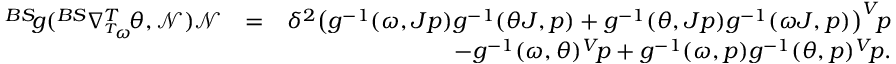
\begin{array} { r l r } { ^ { B S } \! g ( ^ { B S } \nabla _ { ^ { T } \! \omega } ^ { T } \! \theta , \mathcal { N } ) \mathcal { N } } & { = } & { \delta ^ { 2 } \big ( g ^ { - 1 } ( \omega , J p ) g ^ { - 1 } ( \theta J , p ) + g ^ { - 1 } ( \theta , J p ) g ^ { - 1 } ( \omega J , p ) \big ) ^ { V } \! p } \\ & { } & { - g ^ { - 1 } ( \omega , \theta ) ^ { V } \! p + g ^ { - 1 } ( \omega , p ) g ^ { - 1 } ( \theta , p ) ^ { V } \! p . } \end{array}